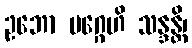
ဥဘော မဂ္ဂေဟိ သန္ဒန္တိ၊